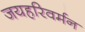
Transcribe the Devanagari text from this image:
जयहरिवर्मन